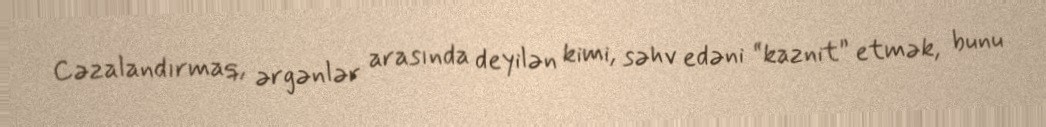
Cəzalandırmaq, ərgənlər arasında deyilən kimi, səhv edəni “kaznit” etmək, bunu